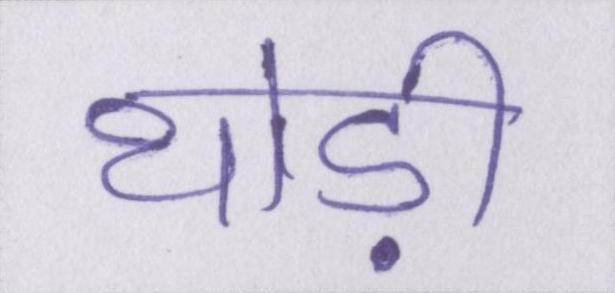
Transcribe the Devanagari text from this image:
थोड़ी